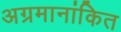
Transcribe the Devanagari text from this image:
अग्रमानांकित